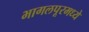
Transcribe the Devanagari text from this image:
भागलपूरमध्ये